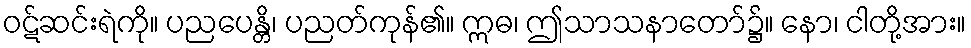
ဝဋ်ဆင်းရဲကို။ ပညပေန္တိ၊ ပညတ်ကုန်၏။ ဣဓ၊ ဤသာသနာတော်၌။ နော၊ ငါတို့အား။